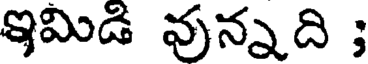
ఇమిడి వున్నది ;